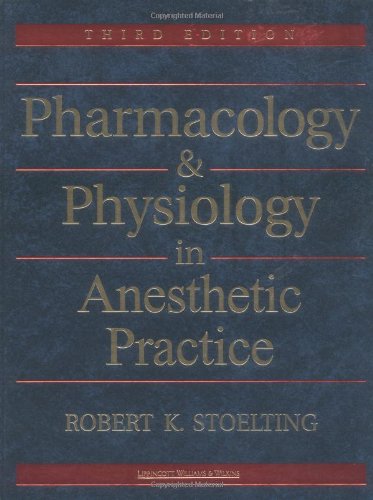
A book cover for Pharmacology & Physiology in Anesthetic Practice; Robert K. Stoelting MD; Medical Books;